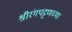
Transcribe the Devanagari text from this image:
श्रीरंगपट्टणच्या